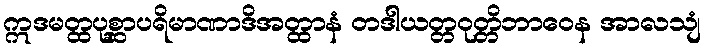
ဣဒမတ္ထပုစ္ဆာပရိမာဏာဒိအတ္ထာနံ တဒါယတ္တဝုတ္တိဘာဝေန အာလသျံ